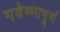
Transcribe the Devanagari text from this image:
गवेष्णापूर्ण